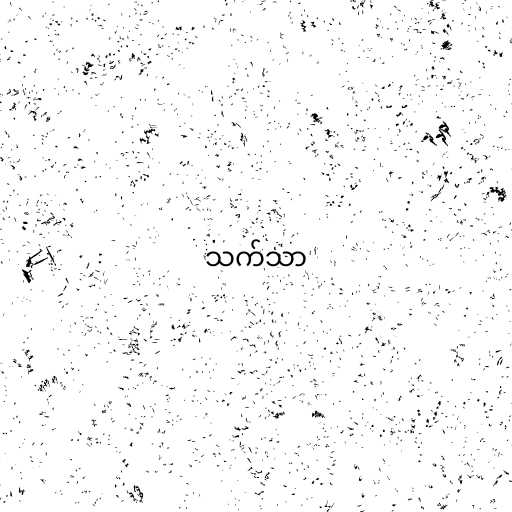
သက်သာ